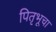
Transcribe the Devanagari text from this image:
पितृभूचा